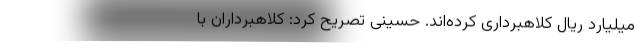
میلیارد ریال کلاهبرداری کرده‌اند. حسینی تصریح کرد: کلاهبرداران با